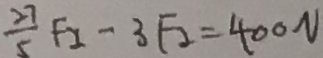
\frac { 2 7 } { 5 } F _ { 2 } - 3 F _ { 2 } = 4 0 0 N